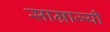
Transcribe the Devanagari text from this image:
साम्राज्यी